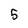
Character: 5